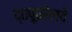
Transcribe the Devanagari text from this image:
द्०पू०रेलवे